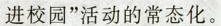
进校园”活动的常态化。